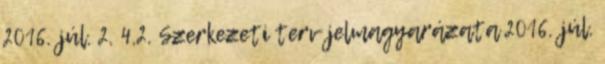
2016. júl. 2. 4.2. Szerkezeti terv jelmagyarázata 2016. júl.